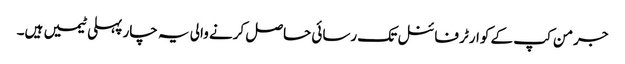
جرمن کپ کے کوارٹر فائنل تک رسائی حاصل کرنے والی یہ چار پہلی ٹیمیں ہیں۔